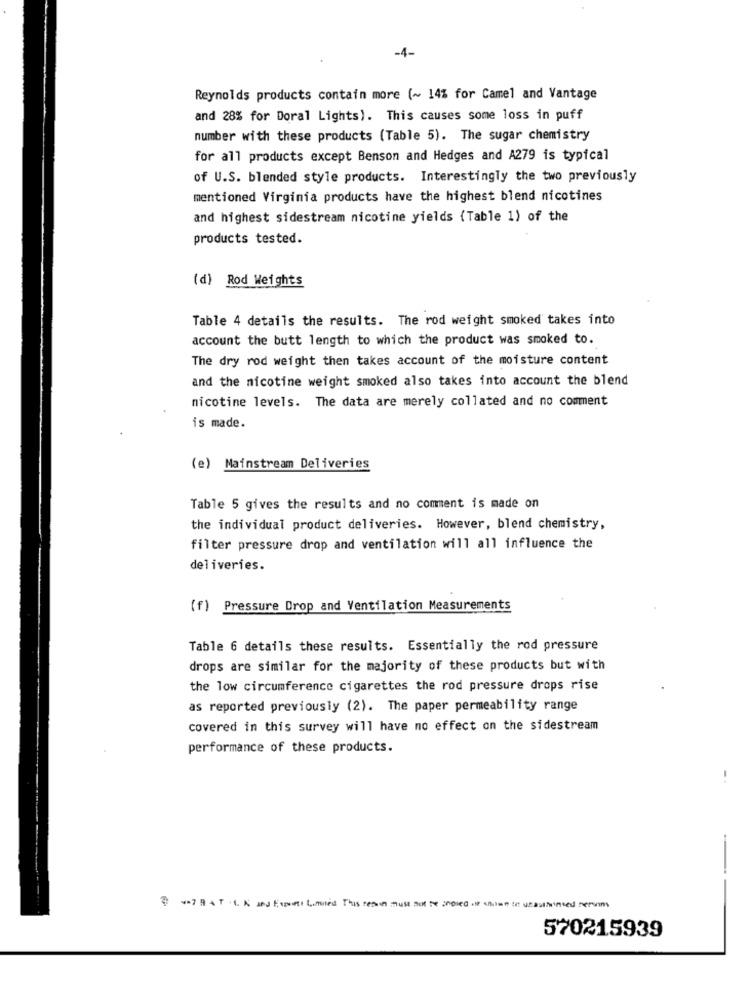
-4-
Reynolds products contain more (~ 14% for Camel and Vantage
and 28% for Doral Lights). This causes some loss in puff
number with these products (Table 5). The sugar chemistry
for all products except Benson and Hedges and A279 is typical
of U.S. blended style products. Interestingly the two previously
mentioned Virginia products have the highest blend nicotines
and highest sidestream nicotine yields (Table 1) of the
products tested.
(d) Rod Weights
Table 4 details the results. The rod weight smoked takes into
account the butt length to which the product was smoked to.
The dry rod weight then takes account of the moisture content
and the nicotine weight smoked also takes into account the blend
nicotine levels. The data are merely collated and no comment
is made.
(e) Mainstream Deliveries
Table 5 gives the results and no comment is made on
the individual product deliveries. However, blend chemistry,
filter pressure drop and ventilation will all influence the
deliveries.
(f) Pressure Drop and Ventilation Measurements
Table 6 details these results. Essentially the rod pressure
drops are similar for the majority of these products but with
the low circumference cigarettes the rod pressure drops rise
as reported previously (2). The paper permeability range
covered in this survey will have no effect on the sidestream
performance of these products.
-
.7 B & T .L & and Enes Limited This reason must not be copied of shome to unauthented nervim
570215939